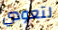
لتعودي